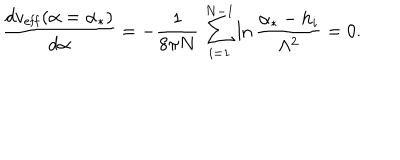
{ \frac { d v _ { \mathrm { e f f } } ( \alpha = \alpha _ { * } ) } { d \alpha } } = - { \frac { 1 } { 8 \pi N } } \, \sum _ { i = 1 } ^ { N - 1 } \ln { \frac { \alpha _ { * } - h _ { i } } { \Lambda ^ { 2 } } } = 0 .